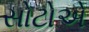
સોટોએ